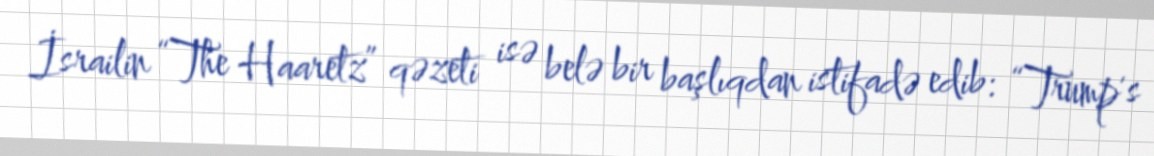
İsrailin “The Haaretz” qəzeti isə belə bir başlıqdan istifadə edib: “Trump's